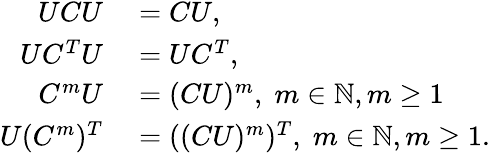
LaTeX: \begin{array}{rl}{UCU}&{{}=CU,}\\ {UC^{T}U}&{{}=UC^{T},}\\ {C^{m}U}&{{}=(CU)^{m},\; m\in\mathbb{N},m\geq 1}\\ {U(C^{m})^{T}}&{{}=((CU)^{m})^{T},\; m\in\mathbb{N},m\geq 1.}\end{array}